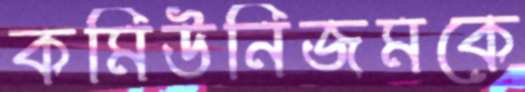
কমিউনিজমকে